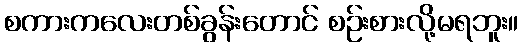
စကားကလေးတစ်ခွန်းတောင် စဉ်းစားလို့မရဘူး။